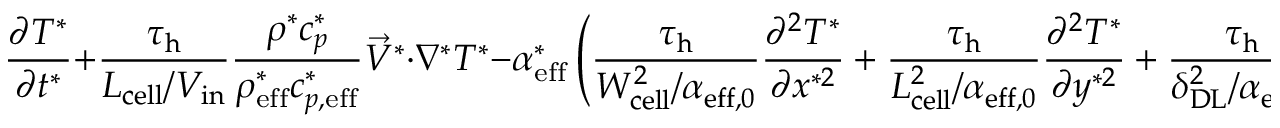
\frac { \partial T ^ { * } } { \partial t ^ { * } } + \boldsymbol { \frac { \tau _ { \mathrm { h } } } { L _ { \mathrm { { c e l l } } } / V _ { \mathrm { i n } } } } \frac { \rho ^ { * } c _ { p } ^ { * } } { \rho _ { \mathrm { { e f f } } } ^ { * } c _ { p , \mathrm { { e f f } } } ^ { * } } \vec { V } ^ { * } \cdot \nabla ^ { * } T ^ { * } - \alpha _ { \mathrm { { e f f } } } ^ { * } \left( \boldsymbol { \frac { \tau _ { \mathrm { h } } } { W _ { \mathrm { { c e l l } } } ^ { 2 } / \alpha _ { \mathrm { { e f f , 0 } } } } } \frac { \partial ^ { 2 } T ^ { * } } { \partial x ^ { * 2 } } + \boldsymbol { \frac { \tau _ { \mathrm { h } } } { L _ { \mathrm { { c e l l } } } ^ { 2 } / \alpha _ { \mathrm { { e f f , 0 } } } } } \frac { \partial ^ { 2 } T ^ { * } } { \partial y ^ { * 2 } } + \boldsymbol { \frac { \tau _ { \mathrm { h } } } { \delta _ { \mathrm { { D L } } } ^ { 2 } / \alpha _ { \mathrm { { e f f , 0 } } } } } \frac { \partial ^ { 2 } T ^ { * } } { \partial z ^ { * 2 } } \right) = \frac { S _ { \mathrm { { h } } } ^ { * } } { \rho _ { \mathrm { { e f f } } } ^ { * } c _ { p , \mathrm { { e f f } } } ^ { * } }